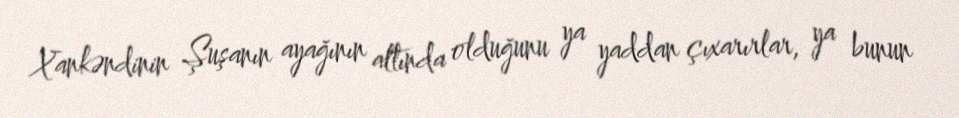
Xankəndinin Şuşanın ayağının altında olduğunu ya yaddan çıxarırlar, ya bunun